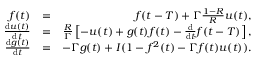
\begin{array} { r l r } { f ( t ) } & { = } & { f ( t - T ) + \Gamma \frac { 1 - R } { R } u ( t ) , } \\ { \frac { \mathrm { d } u ( t ) } { \mathrm { d } t } } & { = } & { \frac { R } { \Gamma } \left[ - u ( t ) + g ( t ) f ( t ) - \frac { \mathrm { d } } { \mathrm { d } t } f ( t - T ) \right] , } \\ { \frac { \mathrm { d } g ( t ) } { \mathrm { d } t } } & { = } & { - \Gamma g ( t ) + I ( 1 - f ^ { 2 } ( t ) - \Gamma f ( t ) u ( t ) ) . } \end{array}